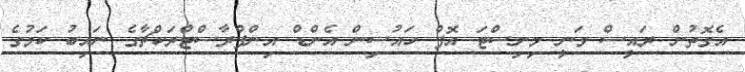
އެގޮތުން ރައީސް ވަނީ މިނިސްޓަ އޮފް ހައުސިން އެންޑް އިންފްރާސްޓްރަކްޗާގެ ނައިބު ކަމުގެ